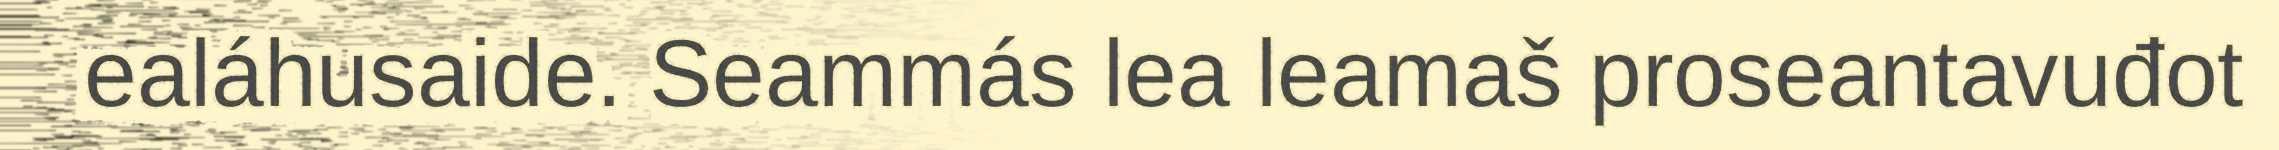
ealáhusaide. Seammás lea leamaš proseantavuđot